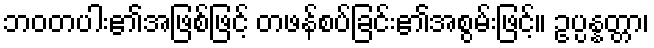
ဘဝတပါး၏အဖြစ်ဖြင့် တဖန်စပ်ခြင်း၏အစွမ်းဖြင့်။ ဥပ္ပန္နတ္တာ၊